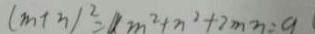
( m + 3 ) ^ { 2 } = a m ^ { 2 } + n ^ { 2 } + 2 m n = 9